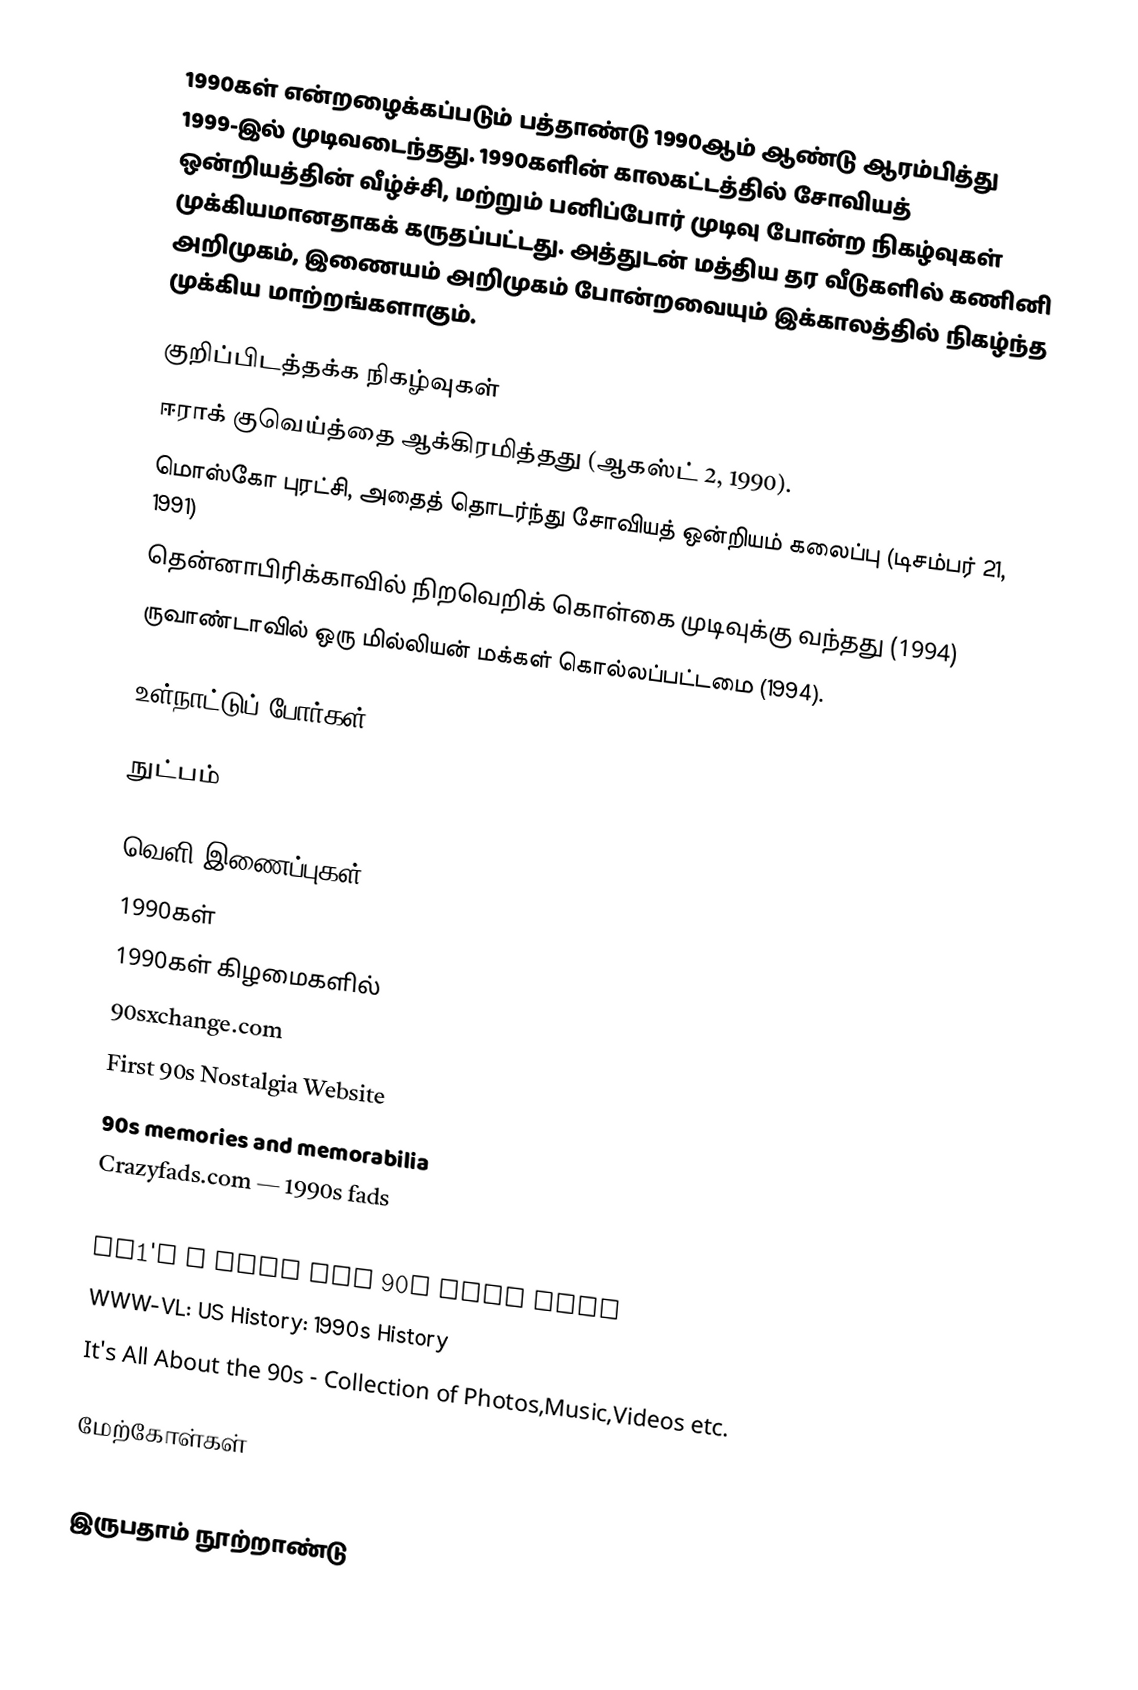
1990கள் என்றழைக்கப்படும் பத்தாண்டு 1990ஆம் ஆண்டு ஆரம்பித்து 1999-இல் முடிவடைந்தது. 1990களின் காலகட்டத்தில் சோவியத் ஒன்றியத்தின் வீழ்ச்சி, மற்றும் பனிப்போர் முடிவு போன்ற நிகழ்வுகள் முக்கியமானதாகக் கருதப்பட்டது. அத்துடன் மத்திய தர வீடுகளில் கணினி அறிமுகம், இணையம் அறிமுகம் போன்றவையும் இக்காலத்தில் நிகழ்ந்த முக்கிய மாற்றங்களாகும்.

குறிப்பிடத்தக்க நிகழ்வுகள்
 ஈராக் குவெய்த்தை ஆக்கிரமித்தது (ஆகஸ்ட் 2, 1990).
 மொஸ்கோ புரட்சி, அதைத் தொடர்ந்து சோவியத் ஒன்றியம் கலைப்பு (டிசம்பர் 21, 1991)
 தென்னாபிரிக்காவில் நிறவெறிக் கொள்கை முடிவுக்கு வந்தது (1994)
 ருவாண்டாவில் ஒரு மில்லியன் மக்கள் கொல்லப்பட்டமை (1994).

உள்நாட்டுப் போர்கள்

நுட்பம்

வெளி இணைப்புகள்
1990கள்
1990கள் கிழமைகளில்
90sxchange.com
First 90s Nostalgia Website
90s memories and memorabilia
Crazyfads.com — 1990s fads
VH1's I Love The 90s
VH1's I Love The 90s Part Deux
WWW-VL: US History: 1990s History
It's All About the 90s - Collection of Photos,Music,Videos etc.

மேற்கோள்கள்

இருபதாம் நூற்றாண்டு